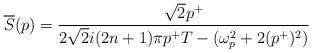
LaTeX: \begin{align*}\overline{S} (p) = \frac{\sqrt{2}p^{+}}{2\sqrt{2}i(2n+1)\pi p^{+}T- (\omega_{p}^{2}+ 2(p^{+})^{2})}\end{align*}